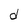
Character: d